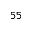
^ { 5 5 }